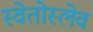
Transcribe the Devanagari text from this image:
स्वेतोस्लेव